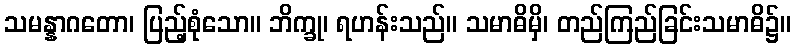
သမန္နာဂတော၊ ပြည့်စုံသော။ ဘိက္ခု၊ ရဟန်းသည်။ သမာဓိမှိ၊ တည်ကြည်ခြင်းသမာဓိ၌။